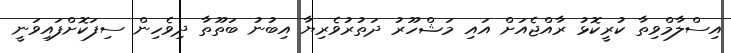
އިސްލާމްވިތާ ކުރީކޮޅު ރާއްޖެއަށް އައި މަޝްހޫރު ދަތުރުވެރިޔާ އިބުނު ބަތޫތާ ދިވެހިން ސިފަކޮށްފައިވަނީ